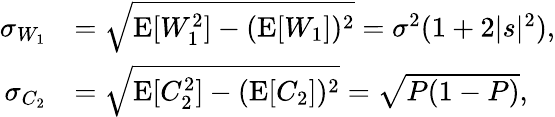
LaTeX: \begin{array}{rl}{\sigma_{W_{1}}}&{=\sqrt{\operatorname{E}[W_{1}^{2}]-(\operatorname{E}[W_{1}])^{2}}=\sigma^{2}(1+2|s|^{2}),}\\ {\sigma_{C_{2}}}&{=\sqrt{\operatorname{E}[C_{2}^{2}]-(\operatorname{E}[C_{2}])^{2}}=\sqrt{P(1-P)},}\end{array}